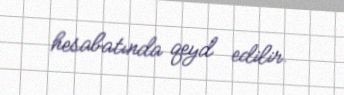
hesabatında qeyd edilir.